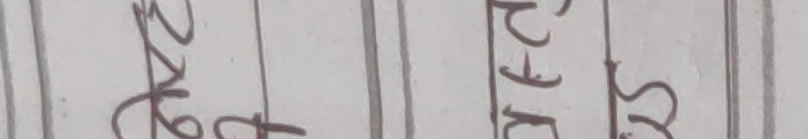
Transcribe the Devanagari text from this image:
२९५ रु